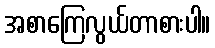
အစာကြေလွယ်တာစားပါ။